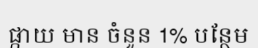
ផ្កាយ មាន ចំនួន 1% បន្ថែម